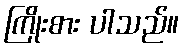
ကြိုးစား ပါသည်။